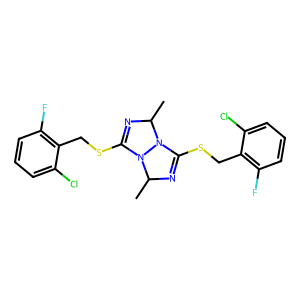
SMILES: CC1N=C(SCc2c(F)cccc2Cl)N2C(C)N=C(SCc3c(F)cccc3Cl)N12
Inhibits HIV replication: No